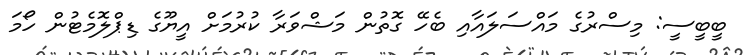
ބީބީސީ: މިސްރުގެ މައްސަލައާއި ބެހޭ ގޮތުން މަޝްވަރާ ކުރުމަށް އީޔޫގެ ޑިޕްލޮމެޓުން ހޯމަ